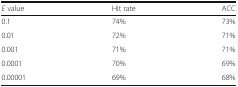
| E value | Hit rate | ACC |
 | --- | --- | --- |
 | 0.1 | 74% | 73% |
 | 0.01 | 72% | 71% |
 | 0.001 | 71% | 71% |
 | 0.0001 | 70% | 69% |
 | 0.00001 | 69% | 68% |